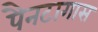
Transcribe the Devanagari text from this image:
पैनटागास